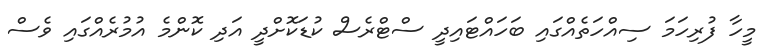
މީހާ ފުރިހަމަ ސިއްހަތެއްގައި ބަހައްޓައިދީ ސްޓްރެސް ކުޑަކޮށްދީ އަދި ކޮންމެ އުމުރެއްގައި ވެސް